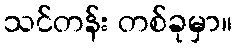
သင်တန်း တစ်ခုမှာ။